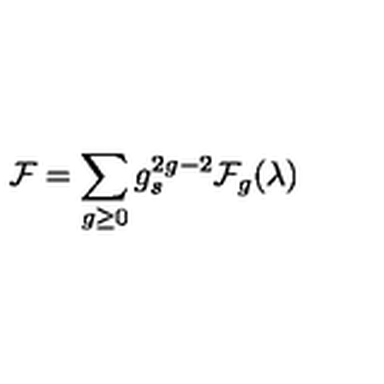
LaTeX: { \cal F } = \sum _ { g \geq 0 } g _ { s } ^ { 2 g - 2 } { \cal F } _ { g } ( \lambda )